Calcutta medical institutions reports 1879-81 [i.e.91]
Year: 1879
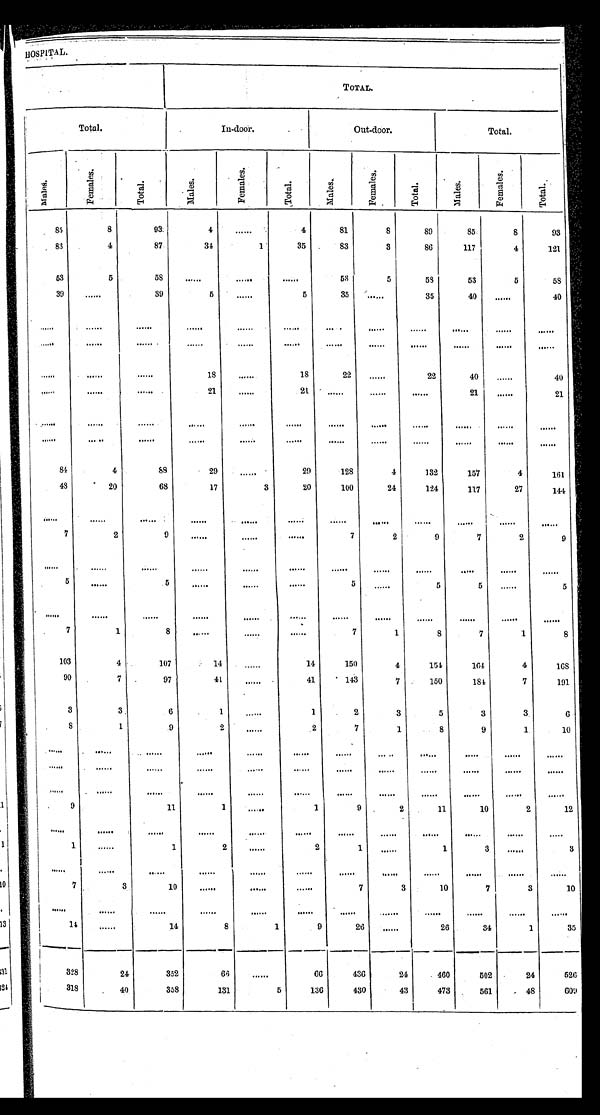
H O S P I T A L .
T O T A L .
T O T A L .
In-door.
O u t - d o o r
T O T A L .
M a l e s .
F e m a l e s .
T O T A L .
M a l e s .
F e m a l e s .
T O T A L .
M a l e s .
F e m a l e s .
T O T A L .
M a l e s .
F e m a l e s .
T O T A L .
8 5
8
9 3
4
...
4
8 1
8
8 9
8 5
8
9 3
8 3
4
8 7
3 4
1
3 5
8 3
3
8 6
1 1 7
4
1 2 1
5 3
3
5 8
...
...
...
5 3
5
5 8
5 3
5
5 8
3 9
. . .
3 9
5
. . .
5
3 5
. . .
3 5
4 0
. . .
4 0
...
...
...
...
...
...
...
...
...
...
...
. . .
. . .
...
...
...
...
. . .
. . . ...
...
...
... ...
. . .
...
...
1 8
...
1 8
2 2
. . .
2 2
4 0
. . .
4 0
. . .
...
...
2 1 ...
2 1 ...
...
...
2 1
...
2 1
. . . ...
. . .
. . .
. . .
...
...
. . .
. . .
...
. . .
...
. . .
. . .
...
...
...
...
...
...
...
...
...
...
8 4
4
8 8
2 9
. . .
2 9
1 2 8
4
1 3 2
1 5 7
4
1 6 1
4 8
2 0
6 8
1 7
3
2 0
1 0 0
2 4
1 2 4
1 1 7
2 7
1 4 4
... ...
. . .
...
...
...
...
. . .
...
...
. . .
. . .
7
2
9 ...
...
. . .
7
2
9
7
2
9
...
...
...
...
...
...
... ...
...
...
...
...
5 ...
5
...
...
...
5 ...
5 5
...
5
...
...
...
...
...
...
...
...
...
...
...
. . .
7
1
8 ...
...
...
7 1
8
7
1
8
1 0 3
4
1 0 7
1 4
...
1 4
1 5 0 4
1 5 4
1 6 4
4
1 6 8
9 0
7
9 7
4 1
...
4 1
1 4 3
7
1 5 0
1 8 4
7
1 9 1
3
3 6
1
. . .
1 2
3
5
3
3
6
8
1
9
2
...
2 7
1
8
9
1
1 0
...
...
...
...
...
...
...
...
...
...
...
...
... ...
...
...
...
...
...
...
...
...
...
...
...
. . . ...
. . .
...
...
...
...
...
...
...
. . .
9
1 1 1
...
1 9
2
1 1
1 0
2
1 2
...
...
...
...
...
...
...
...
...
...
...
. . .
1
...
1
2
...
2 1
...
1
3
...
3
...
...
. . .
...
...
...
...
...
...
...
...
...
7
3
1 0
...
...
...
7
3
1 0
7
3
1 0
...
...
...
...
...
...
...
...
...
...
...
. . .
1 4
...
1 4
8
1
9
2 6
...
2 6
3 4
1
3 5
3 2 8
2 4
3 5 2
6 6
...
6 6
4 3 6
2 4
4 6 0
5 0 2
2 4
5 2 6
3 1 8
4 0
3 5 8
1 3 1
5
1 3 6
4 3 0
4 3
4 7 3
5 6 1
4 8
6 0 9